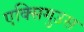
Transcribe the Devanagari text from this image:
एक्सिगुउस